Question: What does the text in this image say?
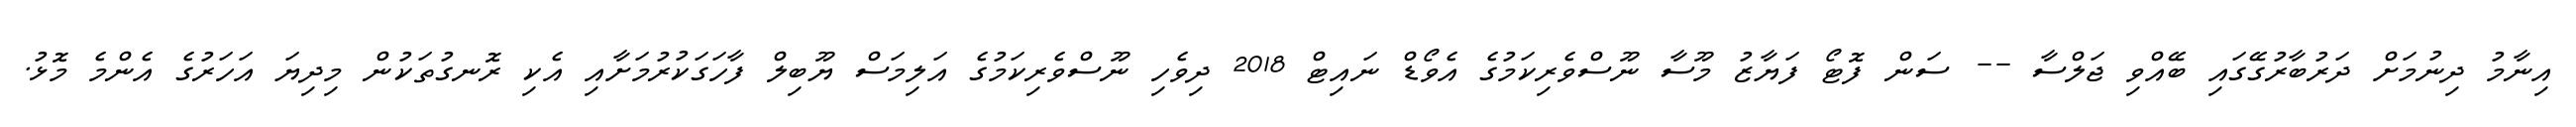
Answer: އިނާމު ދިނުމަށް ދަރުބާރުގޭގައި ބޭއްވި ޖަލްސާ -- ސަން ފޮޓޯ ފަޔާޒު މޫސާ ނޫސްވެރިކަމުގެ އެވޯޑް ނައިޓް 2018 ދިވެހި ނޫސްވެރިކަމުގެ އަލިމަސް ޔޫބިލް ފާހަގަކުރުމަށާއި އެކި ރޮނގުތަކުން މިދިޔަ އަހަރުގެ އެންމެ މޮޅު.